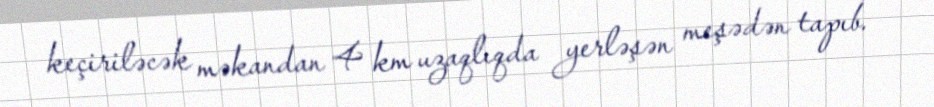
keçiriləcək məkandan 4 km uzaqlıqda yerləşən meşədən tapıb.